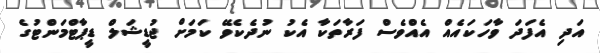
އަދި އެފަދަ ވާހަކައެއް އެއްވެސް ފަރާތަކާ އެކު ނުދެކެވޭ ކަމަށް ޖުޑީޝަލް ޑީޕާޓްމަންޓުގެ